Rangoon Lunatic Asylum 1878-1892 - 1878-1892
Year: 1878
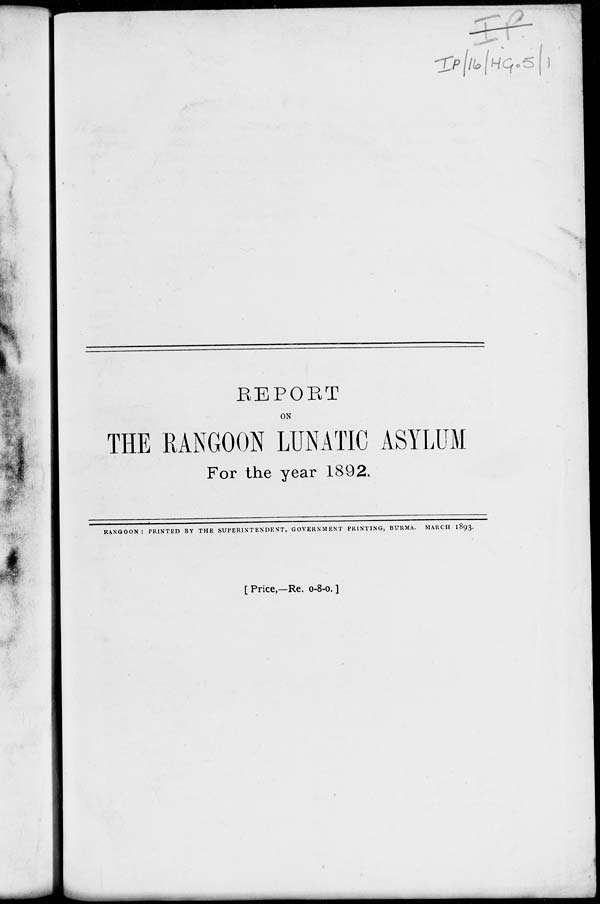
REPORT
ON
THE RANGOON LUNATIC ASYLUM
For the year 1892.
RANGOON : PRINTED BY THE SUPERINTENDENT, GOVERNMENT PRINTING, BURMA. MARCH 1893.
[Price,—Re. 0-8-0. ]